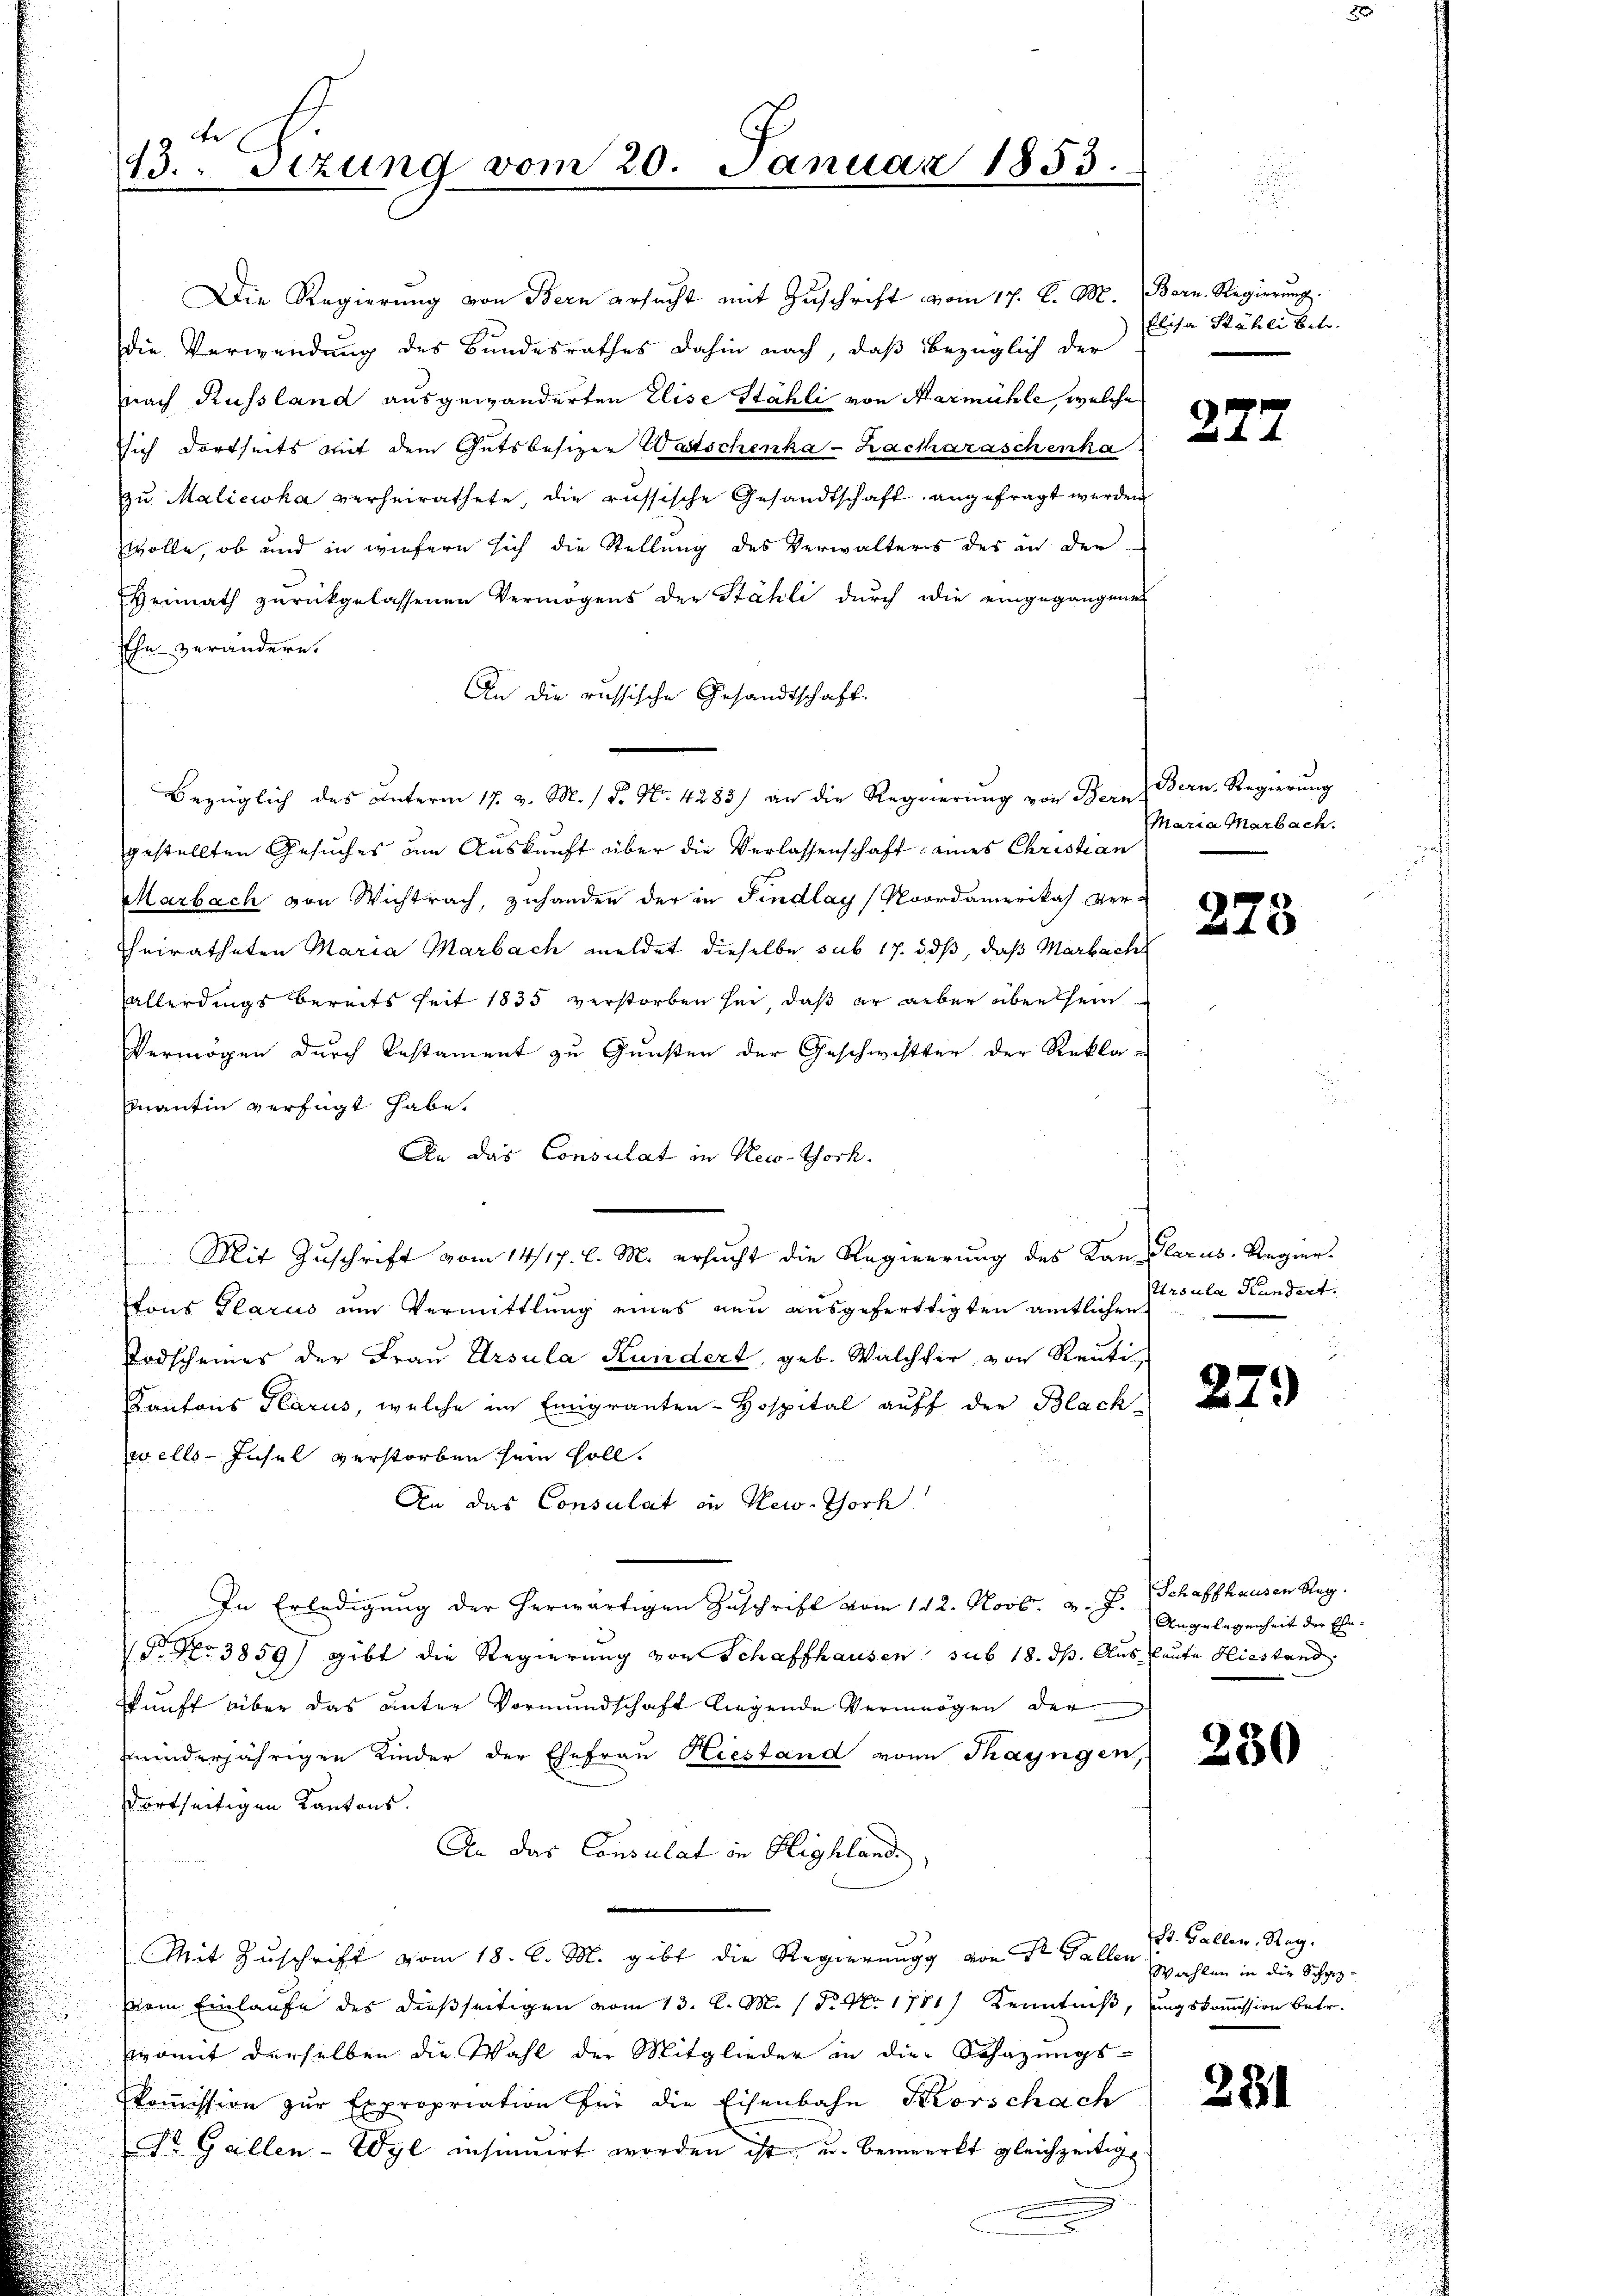
te
13. Sizung vom 20. Januar 1853.

Die Regierŭng von Bern ersucht mit Zŭschrift vom 17. d. M. Bern. Regierŭng.
die Verwendung des Bundesrathes dahin nach, daß bezüglich der
nach Russland ausgewänderten Elise Stähli von Nermühle, welche
sich dortseits mit dem Gutsbesizer Wastschenka-Lackaraschenka
zŭ Maliciska verheirathete, die russische Gesandtschaft angefragt werden
wolle, ob und in wiefern sich die Stellung des Verwalters des in den
Heimath zŭrückgelassenen Vermögens der Stähli durch die eingegangenes
Ehe verändere.
An die russische Gesandtschaft.
Bezüglich des unterm 17. v. M. 18. No. 4283) an die Regierung von Bern-
gestellten Gesuches den Auskunft über die Verlassenschaft eines Christian
Marbach von Wichtrach, zuhander der in Findlay / Noordamerikas Ver-
heiratheten Maria Marbach meldet dieselbe sub 17. daß, daß Marbach
allerdings bereits seit 1835 verstorben sei, daß er aber aber sein
Vermögen durch Pestament zu Gunsten der Geschwister der Rekla-
mantin verfügt habe.
An das Consulat in New-York.
tons Glarus um Vermittlung eines neu ausgeferttigten amtlichen
Todscheines der Frau Ursula Kundert, geb. Walcher von Reuti
Kantons Glarus, welche im Eimigranten-Hospital auff der Black-
wells-Insel verstorben sein soll.
An das Consulat in New. Thorh
In Erledigung der herwärtigen Zuschrift vom 142. Novb. d. J. Schaffhausen Reg.
 Nr. 3859) gibt die Regierung von Schaffhausen sub 18. ds. Aus Leute Hiestand
kunft über das unter Vormundschaft liegende Vermögen der
inderjährigen Kinder der Ehefrau Kiestand von Thayngen,
dortseitigen Kantons.
An das Consulat in Highland,
Mit Zuschrift vom 18. d. M. gibt die Regierung von St. Gallen
vom Einlaufe des dießseitigen vom 13. l. M. (N. No. 1781) Kenntniß, ungskommission betr.
womit derselben die Wahl der Mitglieder in die Schazungs-
kommission zur Expropriation für die Eisenbahn Korschach
Dr. Gallen-Wyl insinuirt worden ist, u. bemerkt gleichzeitige

Mit Zuschrift vom 14/17. d. M. ersucht die Regierung des Kan Glarus, Regier¬

Elisa Stähli betr.

Bern. Regierung
Maria Marbach.

Ursula Handert.

277.

273

279

An Gelegenheit der Ehe

230

fr. Gallen, Reg.
Wahlen in die Schaz¬

281